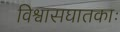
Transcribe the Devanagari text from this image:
विश्वासघातकाः